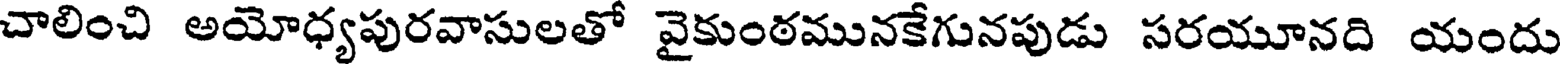
చాలించి అయోధ్యపురవాసులతో వైకుంఠమునకేగునపుడు సరయూనది యందు